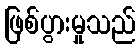
ဖြစ်ပွားမှုသည်